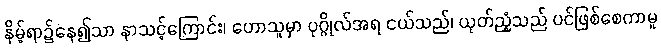
နိမ့်ရာ၌နေ၍သာ နာသင့်ကြောင်း၊ ဟောသူမှာ ပုဂ္ဂိုလ်အရ ငယ်သည်၊ ယုတ်ညံ့သည် ပင်ဖြစ်စေကာမူ